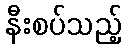
နီးစပ်သည့်